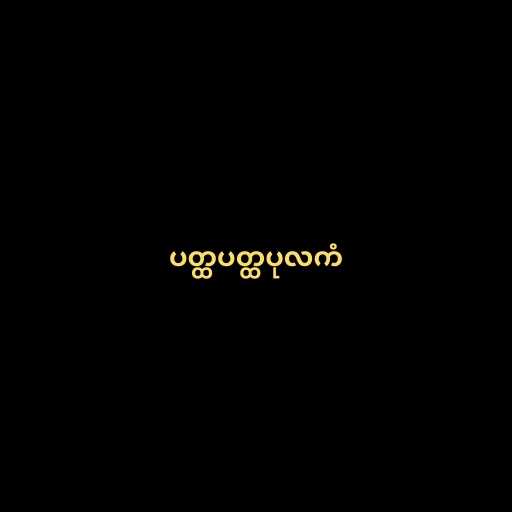
ပတ္ထပတ္ထပုလကံ